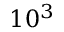
1 0 ^ { 3 }